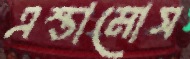
এস্তামোস